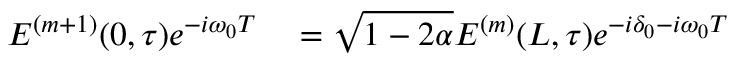
\begin{array} { r l } { E ^ { ( m + 1 ) } ( 0 , \tau ) e ^ { - i \omega _ { 0 } T } } & { { } = \sqrt { 1 - 2 \alpha } E ^ { ( m ) } ( L , \tau ) e ^ { - i \delta _ { 0 } - i \omega _ { 0 } T } } \end{array}